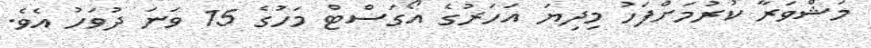
މަޝްވަރާ ކުރުމަށްފަހު މިދިޔަ އަހަރުގެ އޯގަސްޓް މަހުގެ 15 ވަނަ ދުވަހު އެވެ.